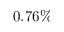
0 . 7 6 \%